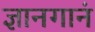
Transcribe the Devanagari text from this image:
ज्ञानगानं